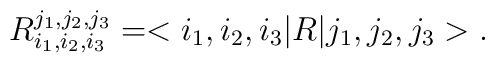
R^{j_1,j_2,j_3}_{i_1,i_2,i_3}=<i_1,i_2,i_3|R|j_1,j_2,j_3>.